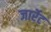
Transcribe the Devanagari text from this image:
जार्रेट